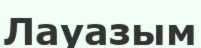
Лауазым